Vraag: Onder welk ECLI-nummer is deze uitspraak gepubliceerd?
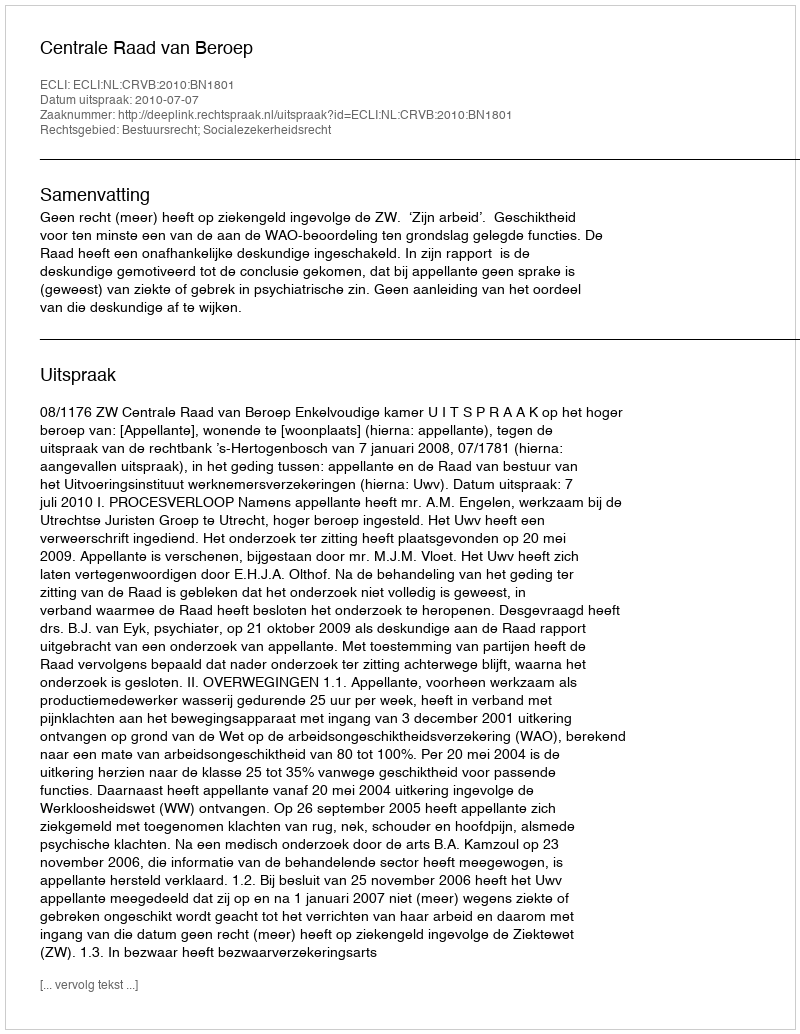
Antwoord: ECLI:NL:CRVB:2010:BN1801